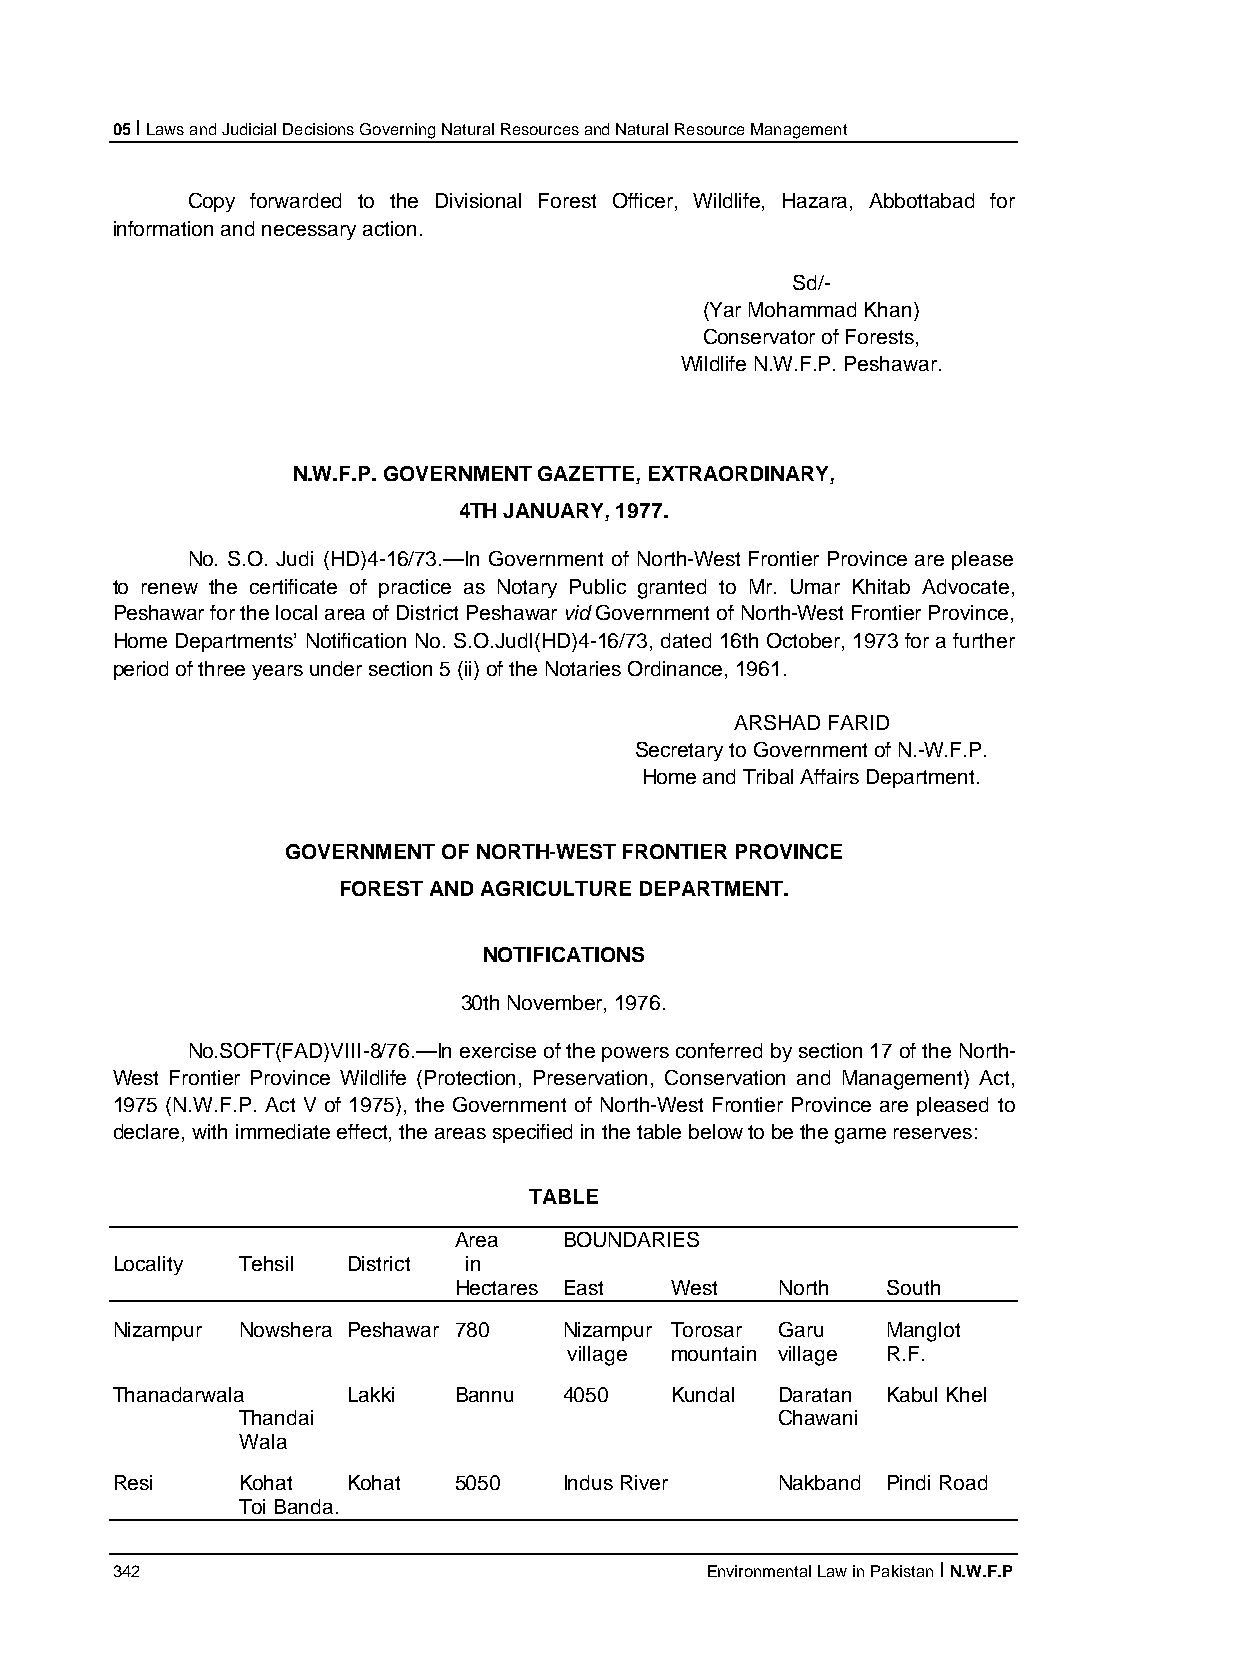
05 I Laws and Judicial Decisions Governing Natural Resources and Natural Resource Management
 Copy forwarded to the Divisional Forest Officer, Wildlife, Hazara, Abbottabad for
 information and necessary action.
 Sd/-
 (Yar Mohammad Khan)
 Conservator of Forests,
 Wildlife N.W.F.P. Peshawar.
 N.W.F.P. GOVERNMENT GAZETTE, EXTRAORDINARY,
 4TH JANUARY, 1977.
 No. S.O. Judi (HD)4-16/73.—In Government of North-West Frontier Province are please
 to renew the certificate of practice as Notary Public granted to Mr. Umar Khitab Advocate,
 Peshawar for the local area of District Peshawar vid Government of North-West Frontier Province,
 Home Departments’ Notification No. S.O.Judl(HD)4-16/73, dated 16th October, 1973 for a further
 period of three years under section 5 (ii) of the Notaries Ordinance, 1961.
 ARSHAD FARID
 Secretary to Government of N.-W.F.P.
 Home and Tribal Affairs Department.
 GOVERNMENT OF NORTH-WEST FRONTIER PROVINCE
 FOREST AND AGRICULTURE DEPARTMENT.
 NOTIFICATIONS
 30th November, 1976.
 No.SOFT(FAD)VIII-8/76.—In exercise of the powers conferred by section 17 of the North-
 West Frontier Province Wildlife (Protection, Preservation, Conservation and Management) Act,
 1975 (N.W.F.P. Act V of 1975), the Government of North-West Frontier Province are pleased to
 declare, with immediate effect, the areas specified in the table below to be the game reserves:
 TABLE
 Area   BOUNDARIES
 Locality Tehsil District in
 Hectares East West    North  South
 Nizampur Nowshera Peshawar 780 Nizampur Torosar Garu Manglot
 village mountain village R.F.
 Thanadarwala    Lakki  Bannu  4050   Kundal  Daratan Kabul Khel
 Thandai                             Chawani
 Wala
 Resi     Kohat  Kohat  5050   Indus River    Nakband Pindi Road
 Toi Banda.
 342                                     Environmental Law in Pakistan I N.W.F.P